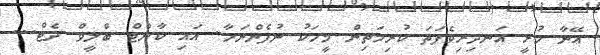
އޭނާ ހުރީ އަނދިރިވެފަތަ ކުރިމަތިން މީހަކު ނުފެންނަހާ. އައި ކާންޓް ބްލީވް ދެޓް...